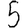
Digit: 5